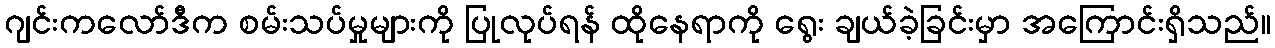
ဂျင်းကလော်ဒီက စမ်းသပ်မှုများကို ပြုလုပ်ရန် ထိုနေရာကို ရွေး ချယ်ခဲ့ခြင်းမှာ အကြောင်းရှိသည်။